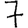
Digit: 7